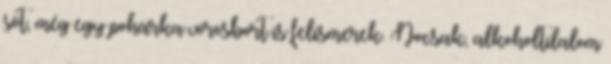
sőt, még egy pohárka vörösbort is felismerek. Nocsak, alkoholtilalom